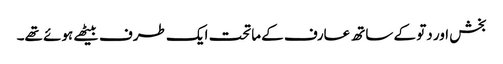
بخش اور دتو کے ساتھ عارف کے ماتحت ایک طرف بیٹھے ہوئے تھے۔